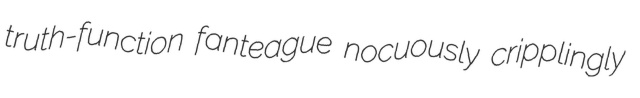
truth-function fanteague nocuously cripplingly